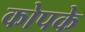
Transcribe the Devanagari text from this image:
कोपके